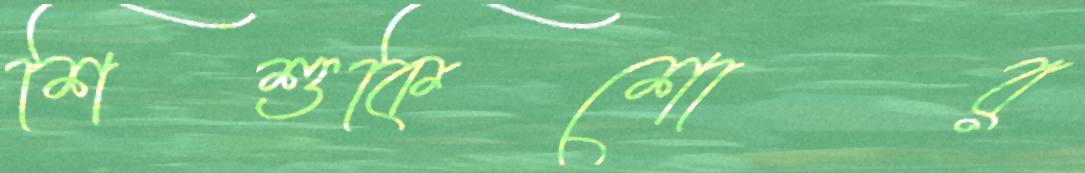
শিশুকিশোর